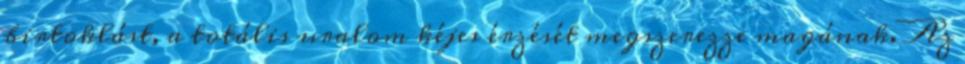
birtoklást, a totális uralom kéjes érzését megszerezze magának. Az